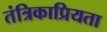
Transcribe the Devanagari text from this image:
तंत्रिकाप्रियता